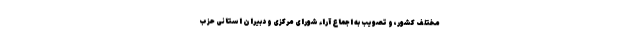
مختلف کشور، و تصویب به اجماع آراء شورای مرکزی و دبیران استانی حزب